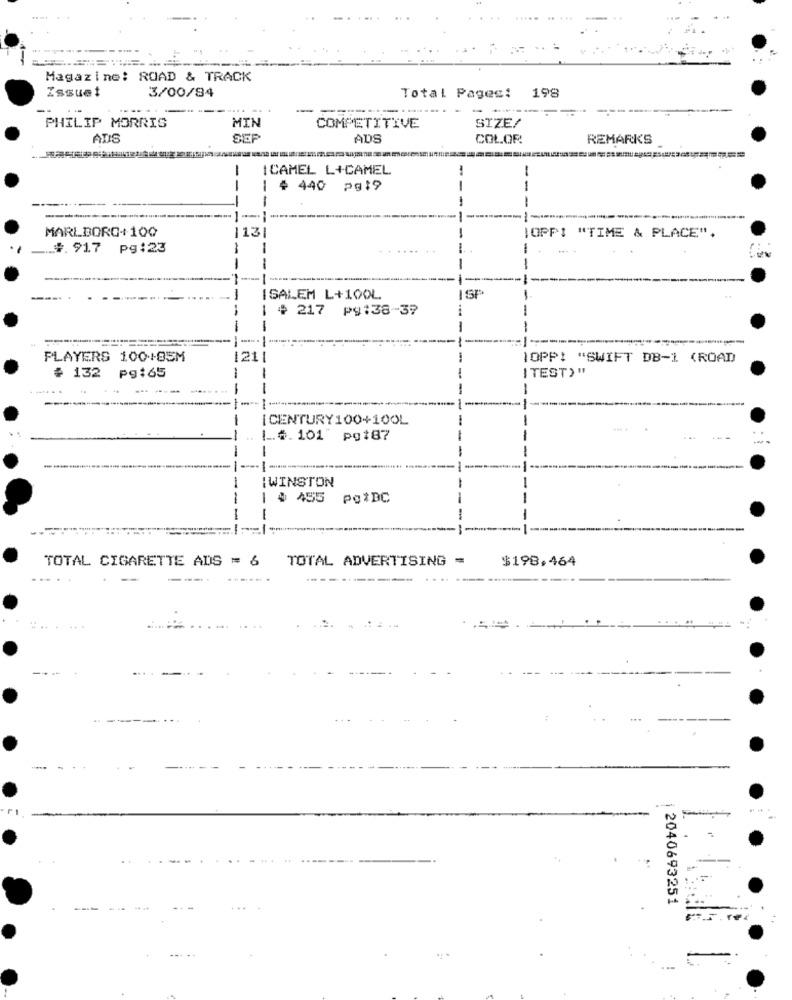
Magazine: ROAD & TRACK
Issuet
3/00/84
Total Pages: 198
-
SIZE/
PHILIP MORRIS
MIN
COMPETITIVE
ADS
SER
ADS
COLOR
REMARKS
-
ICAMEL L+CAMEL
-
# 440 pg:9
--
MARLBORO+100
13
(OPPI "TIME & PLACE".
#.917 pg:23
-
--
--
SALEM L+100L
SP
1 4 217 P9:38-37
-
PLAYERS 100+85M
1211
1OPP: "SWIFT DB-1 (ROAD
# 132
pg :65
ITEST) "
-
[CENTURY100+100L
1.#. 101 pg187
-
-
--
-
I WINSTON
-
# 455
PO*DC
TOTAL CIGARETTE ADS = 6
TOTAL ADVERTISING =
$198.464
---.
... ....
-
|2040693251